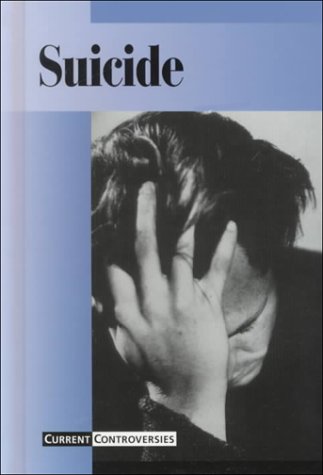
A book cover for Current Controversies - Suicide (hardcover edition); Leslie A. Miller; Teen & Young Adult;